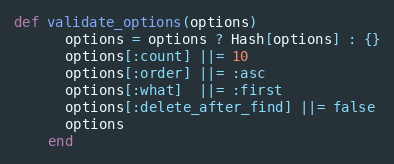
Language: Ruby
def validate_options(options)
      options = options ? Hash[options] : {}
      options[:count] ||= 10
      options[:order] ||= :asc
      options[:what]  ||= :first
      options[:delete_after_find] ||= false
      options
    end